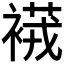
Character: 𧜆